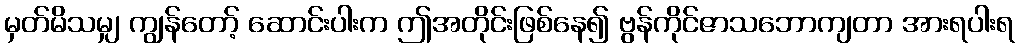
မှတ်မိသမျှ ကျွန်တော့် ဆောင်းပါးက ဤအတိုင်းဖြစ်နေ၍ ဗွန်ကိုင်ဇာသဘောကျတာ အားရပါးရ